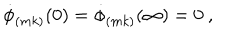
\dot { \phi } _ { ( m k ) } ( 0 ) = \dot { \phi } _ { ( m k ) } ( \infty ) = 0 ~ ,